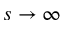
s \to \infty